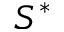
S ^ { * }